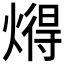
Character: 𬋂